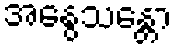
အနွေသန္တော